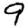
Digit: 9